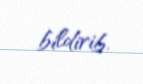
bildirib.